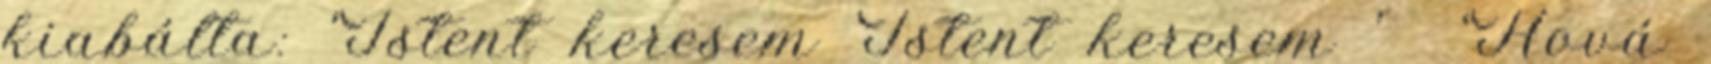
kiabálta: ‘Istent keresem Istent keresem ’ ‘Hová